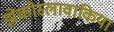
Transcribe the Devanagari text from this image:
झेकोस्लावाकिया